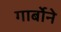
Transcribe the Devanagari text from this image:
गार्बोने